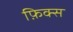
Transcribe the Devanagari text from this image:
फ़िक्स